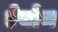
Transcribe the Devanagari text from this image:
ऐवोन